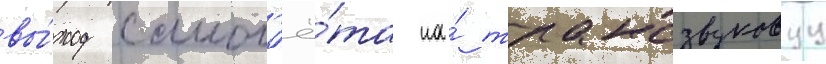
вы́ход самол'ё́та на́ трансзвуковуу